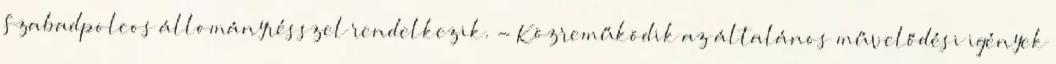
Szabadpolcos állományrésszel rendelkezik. - Közreműködik az általános művelődési igények